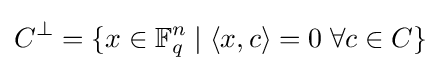
C^{\perp }=\{x\in \mathbb {F} _{q}^{n}\mid \langle x,c\rangle =0\;\forall c\in C\}